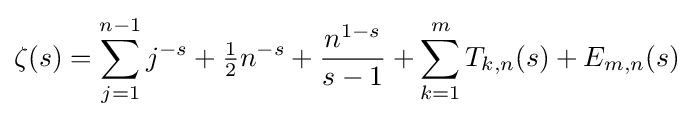
\zeta (s)=\sum _{j=1}^{n-1}j^{-s}+{\tfrac {1}{2}}n^{-s}+{\frac {n^{1-s}}{s-1}}+\sum _{k=1}^{m}T_{k,n}(s)+E_{m,n}(s)